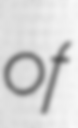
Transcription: of